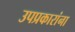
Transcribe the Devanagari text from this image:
उपप्रकारांना